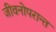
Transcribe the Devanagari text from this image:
जीवनोपरान्त